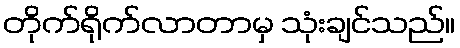
တိုက်ရိုက်လာတာမှ သုံးချင်သည်။